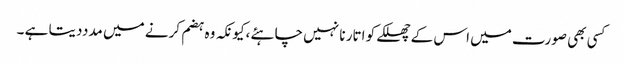
کسی بھی صورت میں اس کے چھلکے کو اتار نا نہیں چاہئے ،کیونکہ وہ ہضم کرنے میں مدددیتا ہے ۔